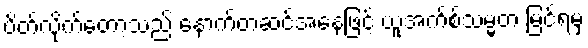
ပိတ်လိုက်တော့သည် နောက်တဆင့်အနေဖြင့် ယူအက်စ်သမ္မတ မြင်ရမှ